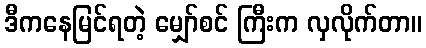
ဒီကနေမြင်ရတဲ့ မျှော်စင် ကြီးက လှလိုက်တာ။